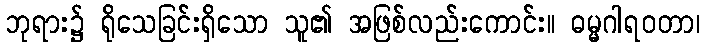
ဘုရား၌ ရိုသေခြင်းရှိသော သူ၏ အဖြစ်လည်းကောင်း။ ဓမ္မဂါရဝတာ၊